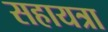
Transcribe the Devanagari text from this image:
सहायत्रा